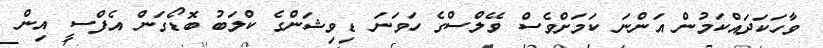
ވާހަކަދައްކަމުން އަންނަ ކަމަށްވެސް ވޭލްސްގެ ހަވަނަ ޑިވިޝަންގެ ކްލަބު ބޮޑޯގަން އެފްސީ އިން